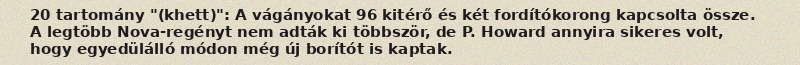
20 tartomány "(khett)": A vágányokat 96 kitérő és két fordítókorong kapcsolta össze. A legtöbb Nova-regényt nem adták ki többször, de P. Howard annyira sikeres volt, hogy egyedülálló módon még új borítót is kaptak.